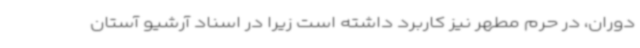
دوران، در حرم مطهر نیز کاربرد داشته است زیرا در اسناد آرشیو آستان